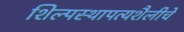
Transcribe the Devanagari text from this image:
शिल्पस्थापत्यशैलीचे